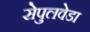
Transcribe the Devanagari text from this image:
सेपुलवेडा